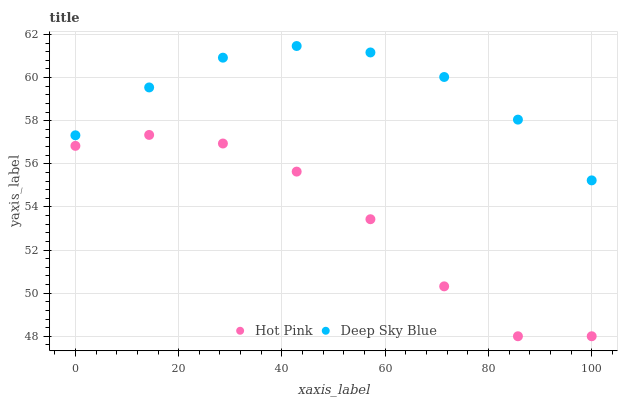
| xaxis_label | Hot Pink | Deep Sky Blue |
 | --- | --- | --- |
 | 0 | 56.8 | 57.3 |
 | 14.3 | 57.3 | 59.5 |
 | 28.6 | 56.9 | 60.9 |
 | 42.9 | 55.6 | 61.5 |
 | 57.1 | 53.4 | 61.2 |
 | 71.4 | 50.3 | 60 |
 | 85.7 | 48 | 58 |
 | 100 | 48 | 55.2 |